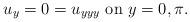
LaTeX: \begin{align*}u_y = 0 = u_{yyy} ~{\rm on}~ y =0, \pi . \end{align*}